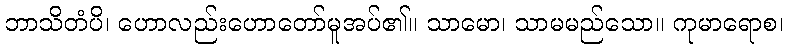
ဘာသိတံပိ၊ ဟောလည်းဟောတော်မူအပ်၏။ သာမော၊ သာမမည်သော။ ကုမာရောစ၊